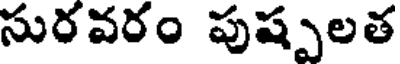
సురవరం పుష్పలత